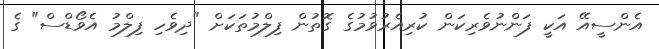
އެންސީއޭ އަކީ ފަންނުވެރިކަން ކުރިއެރުވުމުގެ ގޮތުން ފިލްމުތަކަށް "ދިވެހި ފިލްމު އެވޯޑްސް" ގެ